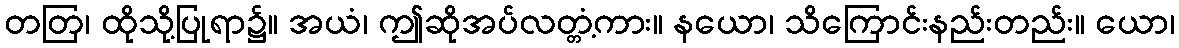
တတြ၊ ထိုသို့ပြုရာ၌။ အယံ၊ ဤဆိုအပ်လတ္တံ့ကား။ နယော၊ သိကြောင်းနည်းတည်း။ ယော၊